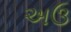
અઉ